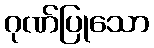
ဂုဏ်ပြုသော